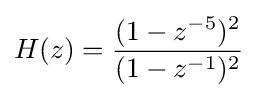
H(z)={(1-z^{-5})^{2} \over (1-z^{-1})^{2}}